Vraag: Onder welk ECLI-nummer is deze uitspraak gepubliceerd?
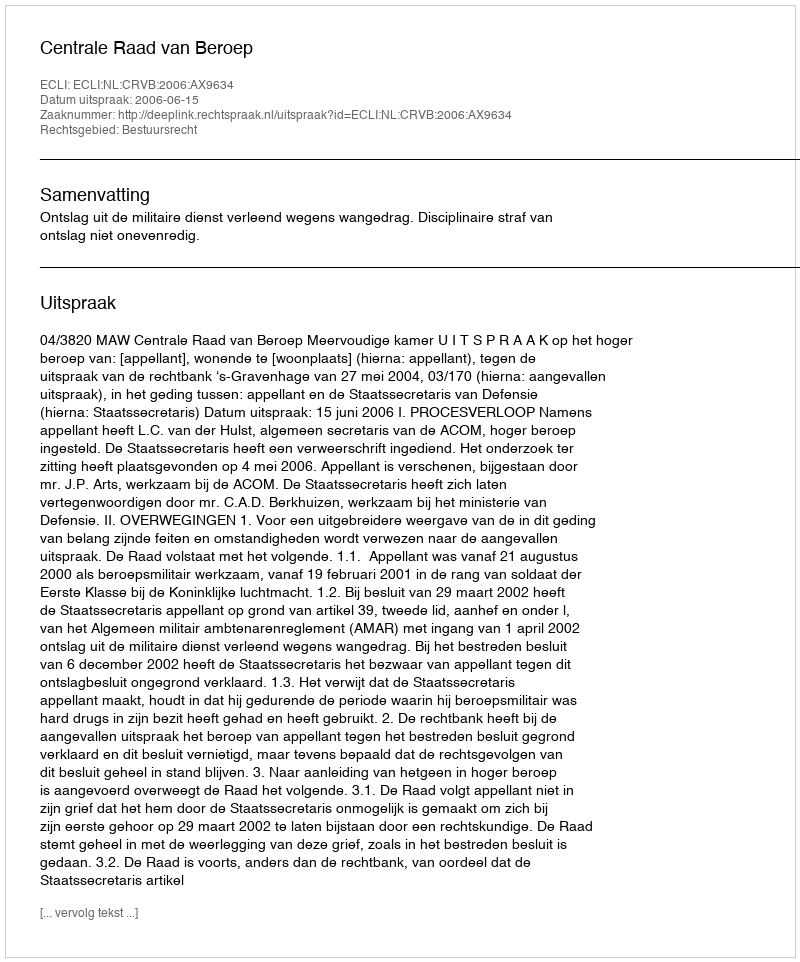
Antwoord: ECLI:NL:CRVB:2006:AX9634